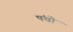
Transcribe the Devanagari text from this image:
पंचो